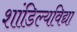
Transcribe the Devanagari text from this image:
शांडिल्यविद्या